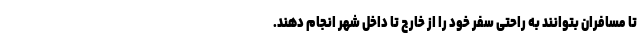
تا مسافران بتوانند به راحتی سفر خود را از خارج تا داخل شهر انجام دهند.